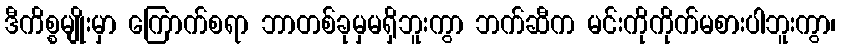
ဒီကိစ္စမျိုးမှာ ကြောက်စရာ ဘာတစ်ခုမှမရှိဘူးကွာ ဘက်ဆီက မင်းကိုကိုက်မစားပါဘူးကွာ၊